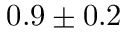
0 . 9 \pm 0 . 2